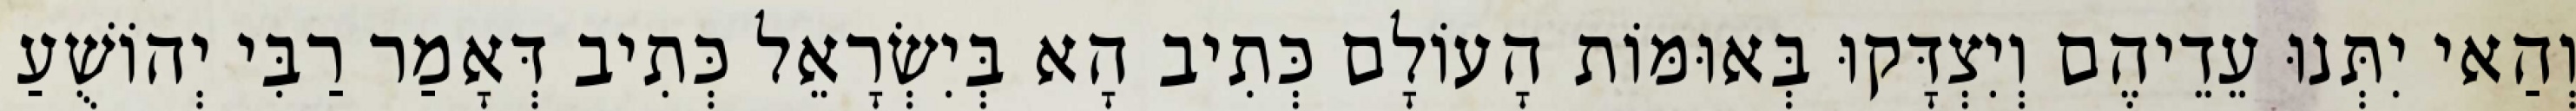
וְהַאי יִתְּנוּ עֵדֵיהֶם וְיִצְדָּקוּ בְּאוּמּוֹת הָעוֹלָם כְּתִיב הָא בְּיִשְׂרָאֵל כְּתִיב דְּאָמַר רַבִּי יְהוֹשֻׁעַ